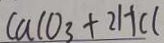
C a C O _ { 3 } + 2 H C l